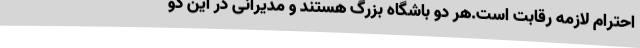
احترام لازمه رقابت است.هر دو باشگاه بزرگ هستند و مدیرانی در این دو